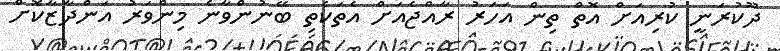
ދޫކުރަނީ ކުރިއަށް އޮތް ތިން އަހަރު ރާއްޖެއަށް އެތަކެތި ބޭނުންވާނެ މިންވަރު އަންދާޒާކޮށް